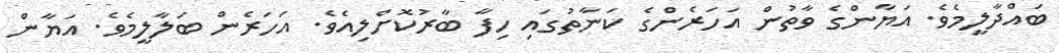
ބައްދާލީމެވެ. އަޔާންގެ ވާތުން އަހަރެންގެ ކަނާތުގައި ހިފާ ބާރުކޮށްލިއެވެ. އަހަރެން ބަލާލީމެވެ. އަޔާން